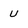
Character: U